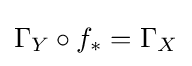
\Gamma _{Y}\circ f_{*}=\Gamma _{X}